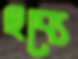
হব্যে